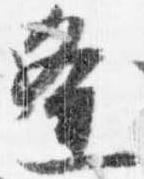
逢